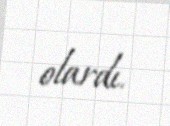
olardı.